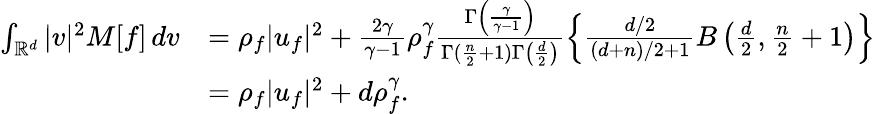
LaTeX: \begin{array}{rl}{\int_{\mathbb{R}^{d}}|v|^{2}M[f]\, dv}&{=\rho_{f}|u_{f}|^{2}+\frac{2\gamma}{\gamma-1}\rho_{f}^{\gamma}\frac{\Gamma\left(\frac{\gamma}{\gamma-1}\right)}{\Gamma(\frac n2+1)\Gamma\left(\frac{d}{2}\right)}\left\{ \frac{d/2}{(d+n)/2+1}B\left(\frac{d}{2},\frac n2+1\right)\right\} }\\ &{=\rho_{f}|u_{f}|^{2}+d\rho_{f}^{\gamma}.}\end{array}